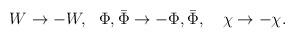
LaTeX: \begin{align*}W \rightarrow - W, ~~ \Phi,\bar{\Phi} \rightarrow - \Phi,\bar{\Phi},~~~ \chi \rightarrow -\chi.\end{align*}